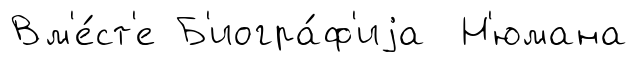
Вм'е́ст'е Б'иогра́ф'иjа Н'юмана